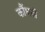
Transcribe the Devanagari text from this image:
कौंधनी